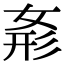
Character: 𭑾